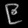
Digit: ၉